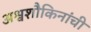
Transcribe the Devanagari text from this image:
अश्वशौकिनांची